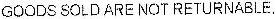
GOODS SOLD ARE NOT RETURNABLE.